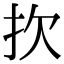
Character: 扻